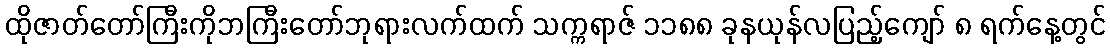
ထိုဇာတ်တော်ကြီးကိုဘကြီးတော်ဘုရားလက်ထက် သက္ကရာဇ် ၁၁၈၈ ခုနယုန်လပြည့်ကျော် ၈ ရက်နေ့တွင်